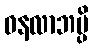
ဓနလာဘမ္ပိ